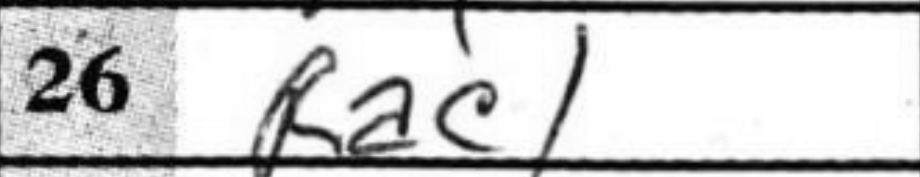
Transcription: Rac1